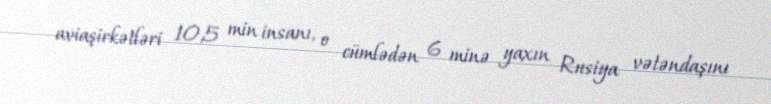
aviaşirkətləri 10,5 min insanı, o cümlədən 6 minə yaxın Rusiya vətəndaşını